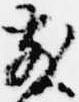
散